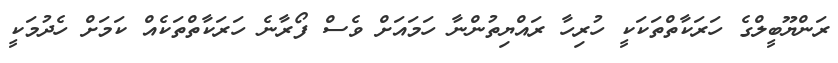
ރަންޔޫބީލްގެ ހަރަކާތްތަކަކީ ހުރިހާ ރައްޔިތުންނާ ހަމައަށް ވެސް ފޯރާނެ ހަރަކާތްތަކެއް ކަމަށް ހެދުމަކީ